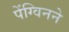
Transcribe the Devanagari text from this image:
पेंग्विनने